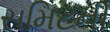
સમિટની